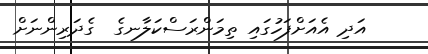
އަދި އެއަށްފަހުގައި ތިމަންރަސްކަލާނގެ  ގެދަރިންނަށް